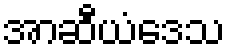
အာဆီယံဒေသ